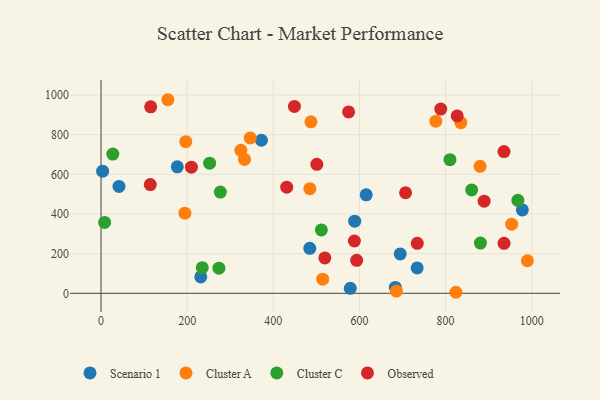
{"axis": {"x": "Ad Spend", "y": "Rating"}, "legend": ["Cluster A", "Cluster C", "Observed", "Scenario 1"], "data": [{"x": "484.6", "y": 227.1, "type": "Scenario 1"}, {"x": "978.1", "y": 420.4, "type": "Scenario 1"}, {"x": "177.1", "y": 638.0, "type": "Scenario 1"}, {"x": "578.7", "y": 25.3, "type": "Scenario 1"}, {"x": "41.7", "y": 539.1, "type": "Scenario 1"}, {"x": "3.7", "y": 615.8, "type": "Scenario 1"}, {"x": "694.6", "y": 198.6, "type": "Scenario 1"}, {"x": "588.9", "y": 363.7, "type": "Scenario 1"}, {"x": "372.4", "y": 772.0, "type": "Scenario 1"}, {"x": "615.6", "y": 496.6, "type": "Scenario 1"}, {"x": "733.9", "y": 127.8, "type": "Scenario 1"}, {"x": "683.2", "y": 29.5, "type": "Scenario 1"}, {"x": "231.5", "y": 82.5, "type": "Scenario 1"}, {"x": "194.7", "y": 404.0, "type": "Cluster A"}, {"x": "953.3", "y": 348.7, "type": "Cluster A"}, {"x": "514.6", "y": 71.3, "type": "Cluster A"}, {"x": "484.8", "y": 527.7, "type": "Cluster A"}, {"x": "333.1", "y": 675.1, "type": "Cluster A"}, {"x": "155.2", "y": 976.4, "type": "Cluster A"}, {"x": "196.8", "y": 765.0, "type": "Cluster A"}, {"x": "324.6", "y": 721.0, "type": "Cluster A"}, {"x": "487.4", "y": 864.8, "type": "Cluster A"}, {"x": "823.9", "y": 5.2, "type": "Cluster A"}, {"x": "880.0", "y": 640.3, "type": "Cluster A"}, {"x": "346.4", "y": 783.3, "type": "Cluster A"}, {"x": "685.7", "y": 11.4, "type": "Cluster A"}, {"x": "989.8", "y": 164.3, "type": "Cluster A"}, {"x": "777.3", "y": 868.3, "type": "Cluster A"}, {"x": "835.3", "y": 860.8, "type": "Cluster A"}, {"x": "252.1", "y": 656.5, "type": "Cluster C"}, {"x": "235.0", "y": 129.2, "type": "Cluster C"}, {"x": "277.0", "y": 510.8, "type": "Cluster C"}, {"x": "860.4", "y": 521.3, "type": "Cluster C"}, {"x": "8.4", "y": 357.4, "type": "Cluster C"}, {"x": "967.7", "y": 468.8, "type": "Cluster C"}, {"x": "880.8", "y": 253.6, "type": "Cluster C"}, {"x": "810.1", "y": 674.0, "type": "Cluster C"}, {"x": "27.4", "y": 702.4, "type": "Cluster C"}, {"x": "511.5", "y": 319.5, "type": "Cluster C"}, {"x": "273.7", "y": 126.7, "type": "Cluster C"}, {"x": "431.1", "y": 535.3, "type": "Observed"}, {"x": "501.0", "y": 650.7, "type": "Observed"}, {"x": "788.7", "y": 929.3, "type": "Observed"}, {"x": "826.9", "y": 894.8, "type": "Observed"}, {"x": "707.0", "y": 507.2, "type": "Observed"}, {"x": "519.6", "y": 178.5, "type": "Observed"}, {"x": "209.8", "y": 636.0, "type": "Observed"}, {"x": "734.2", "y": 252.1, "type": "Observed"}, {"x": "593.5", "y": 166.4, "type": "Observed"}, {"x": "115.3", "y": 940.8, "type": "Observed"}, {"x": "935.6", "y": 252.2, "type": "Observed"}, {"x": "114.4", "y": 548.5, "type": "Observed"}, {"x": "889.4", "y": 464.7, "type": "Observed"}, {"x": "588.2", "y": 263.7, "type": "Observed"}, {"x": "574.8", "y": 914.8, "type": "Observed"}, {"x": "935.5", "y": 714.8, "type": "Observed"}, {"x": "449.0", "y": 942.8, "type": "Observed"}]}